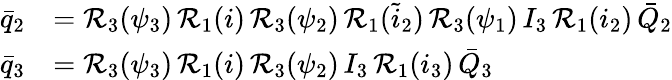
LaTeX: \begin{array}{rl}{\bar{q}_{2}}&{=\mathcal{R}_{3}(\psi_{3})\, \mathcal{R}_{1}(i)\, \mathcal{R}_{3}(\psi_{2})\, \mathcal{R}_{1}(\tilde{i}_{2})\, \mathcal{R}_{3}(\psi_{1})\, I_{3}\, \mathcal{R}_{1}(i_{2})\, \bar{Q}_{2}}\\ {\bar{q}_{3}}&{=\mathcal{R}_{3}(\psi_{3})\, \mathcal{R}_{1}(i)\, \mathcal{R}_{3}(\psi_{2})\, I_{3}\, \mathcal{R}_{1}(i_{3})\, \bar{Q}_{3}}\end{array}